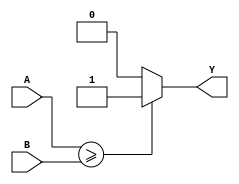
module greater_than_or_equal_comparator (
    input [7:0] A,
    input [7:0] B,
    output reg Y
);

always @(*) begin
    if (A >= B) //Perform comparison
        Y = 1; //If A is greater than or equal to B, set Y to 1
    else
        Y = 0; //If A is not greater than or equal to B, set Y to 0
end

endmodule